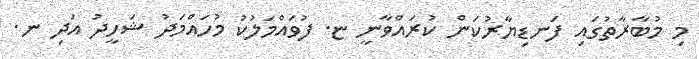
މި މުބާރާތުގައި ފަނޑިޔާރުކަން ކުރައްވާނީ ޏ. ފުވައްމަލުކު މުހައްމަދު ޝަހީދު އަދި ނ.